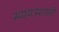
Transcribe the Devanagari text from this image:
स्वायत्रशासी